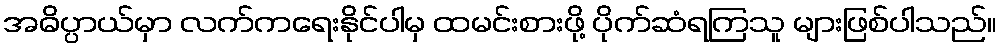
အဓိပ္ပာယ်မှာ လက်ကရေးနိုင်ပါမှ ထမင်းစားဖို့ ပိုက်ဆံရကြသူ များဖြစ်ပါသည်။